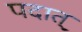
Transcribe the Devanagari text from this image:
पदात्